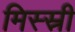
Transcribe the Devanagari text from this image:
मिस्स्री